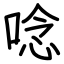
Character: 唸